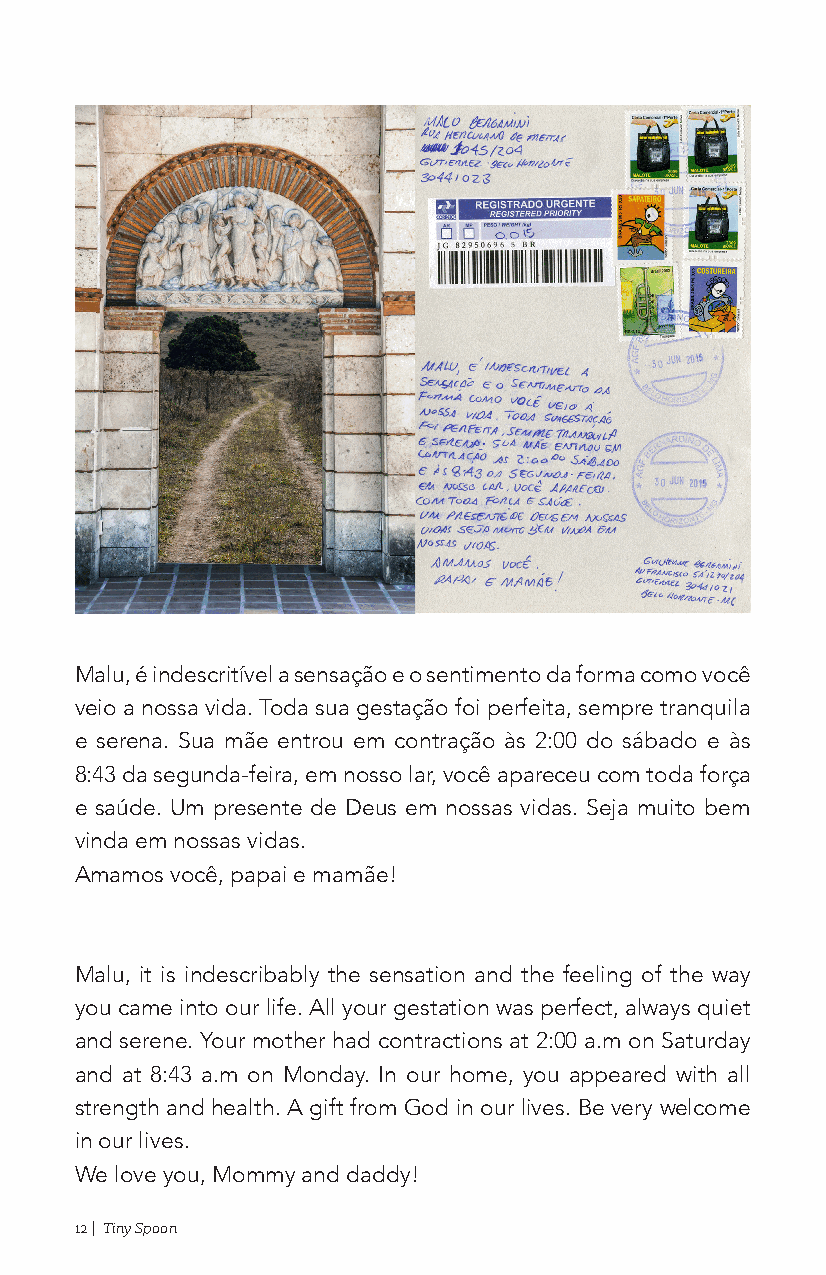
Malu, é indescritível a sensação e o sentimento da forma como você
 veio a nossa vida. Toda sua gestação foi perfeita, sempre tranquila
 e serena. Sua mãe entrou em contração às 2:00 do sábado e às
 8:43 da segunda-feira, em nosso lar, você apareceu com toda força
 e saúde. Um presente de Deus em nossas vidas. Seja muito bem
 vinda em nossas vidas.
 Amamos você, papai e mamãe!
 Malu, it is indescribably the sensation and the feeling of the way
 you came into our life. All your gestation was perfect, always quiet
 and serene. Your mother had contractions at 2:00 a.m on Saturday
 and at 8:43 a.m on Monday. In our home, you appeared with all
 strength and health. A gift from God in our lives. Be very welcome
 in our lives.
 We love you, Mommy and daddy!
 12 | Tiny Spoon